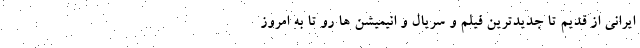
ایرانی از قدیم تا جدیدترین فیلم و سریال و انیمیشن ها رو تا به امروز